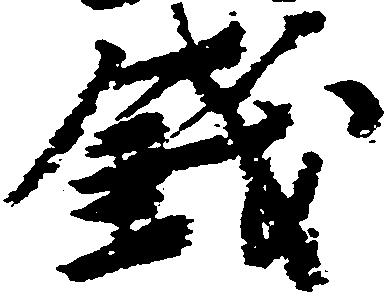
銭